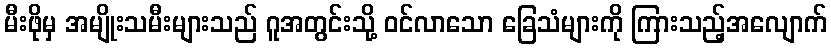
မီးဖိုမှ အမျိုးသမီးများသည် ဂူအတွင်းသို့ ဝင်လာသော ခြေသံများကို ကြားသည့်အလျောက်